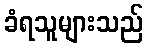
ခံရသူများသည်